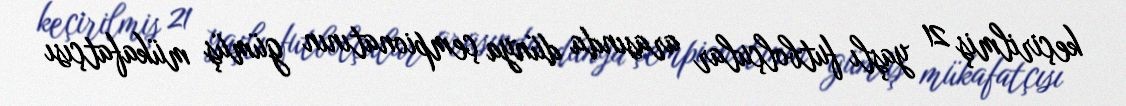
keçirilmiş 21 yaşlı futbolçular arasında dünya çempionatının gümüş mükafatçısı